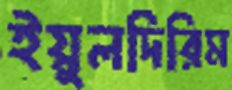
ইয়ুলদিরিম